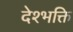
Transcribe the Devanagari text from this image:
देश्भक्ति